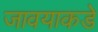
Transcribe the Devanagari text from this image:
जावयाकडे